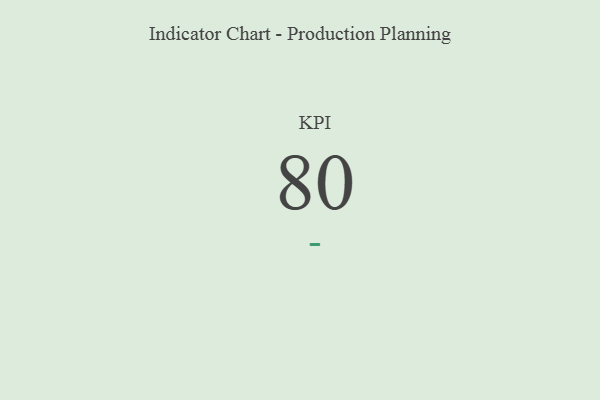
{"axis": {"x": "KPI", "y": "Value"}, "legend": [""], "data": [{"x": "KPI", "y": 80, "type": ""}]}